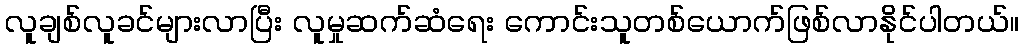
လူချစ်လူခင်များလာပြီး လူမှုဆက်ဆံရေး ကောင်းသူတစ်ယောက်ဖြစ်လာနိုင်ပါတယ်။